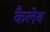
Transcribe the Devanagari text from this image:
कैलेब